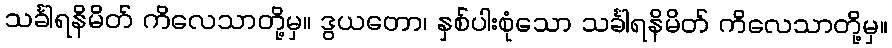
သင်္ခါရနိမိတ် ကိလေသာတို့မှ။ ဒွယတော၊ နှစ်ပါးစုံသော သင်္ခါရနိမိတ် ကိလေသာတို့မှ။